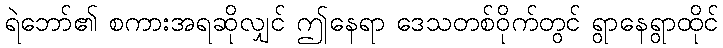
ရဲဘော်၏ စကားအရဆိုလျှင် ဤနေရာ ဒေသတစ်ဝိုက်တွင် ရွာနေရွာထိုင်